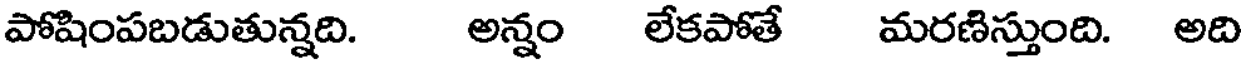
పోషింపబడుతున్నది. అన్నం లేకపోతే మరణిస్తుంది. అది